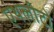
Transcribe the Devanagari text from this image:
एथलीटो